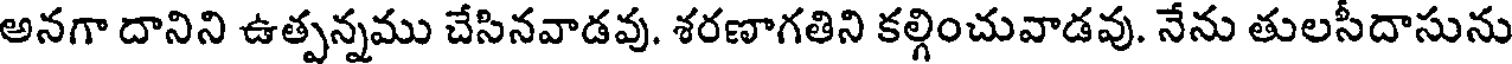
అనగా దానిని ఉత్పన్నము చేసినవాడవు. శరణాగతిని కల్గించువాడవు. నేను తులసీదాసును